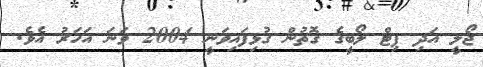
ޖޯލީ އަދި ޕިޓް ލޯބީގެ ގޮތުން ގުޅިފައިވަނީ 2004 ވަނަ އަހަރު އެވެ.